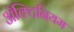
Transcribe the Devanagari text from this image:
अॅक्टिनियम